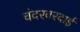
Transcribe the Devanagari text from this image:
चंदरबरदाई